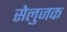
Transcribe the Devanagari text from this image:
सेलुजक